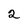
Character: 2